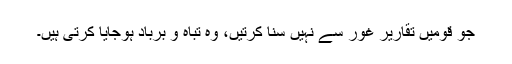
جو قومیں تقاریر غور سے نہیں سنا کرتیں، وہ تباہ و برباد ہوجایا کرتی ہیں۔